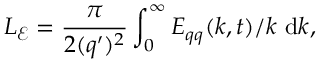
L _ { \mathcal { E } } = \frac { \pi } { 2 ( q ^ { \prime } ) ^ { 2 } } \int _ { 0 } ^ { \infty } E _ { q q } ( k , t ) / k \mathrm { ~ d } k ,